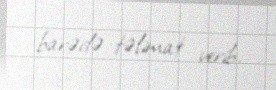
barədə təlimat verib.